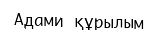
Адами құрылым